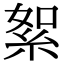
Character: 絮